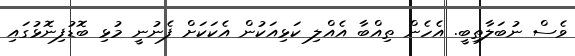
ވެސް ނުބަލާތިބީ. އެހެން ތިއްބާ އެއްލި ކަޅިއަކުން އެކަކަށް ފެނުނީ މުޅި ބޮޑުފިނޮޅުގައި